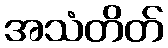
အသံတိတ်